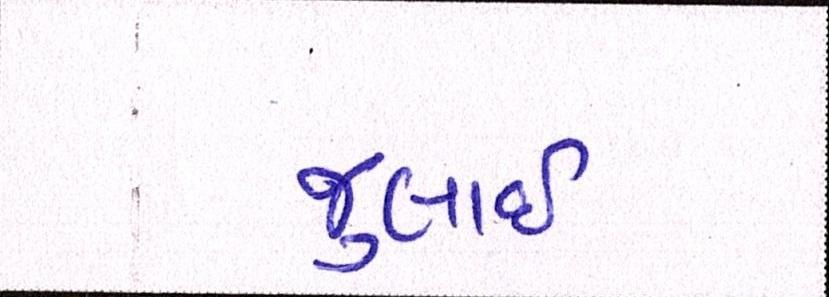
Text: જુલાઇ